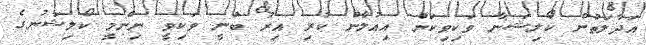
އަދާލަތުން ކޯލިޝަނާ ވަކިވިކަން އިއުލާން ކުރި އިރު ބުނީ ވަކިވީ ނިންމީ ކޯލިޝަނުގެ